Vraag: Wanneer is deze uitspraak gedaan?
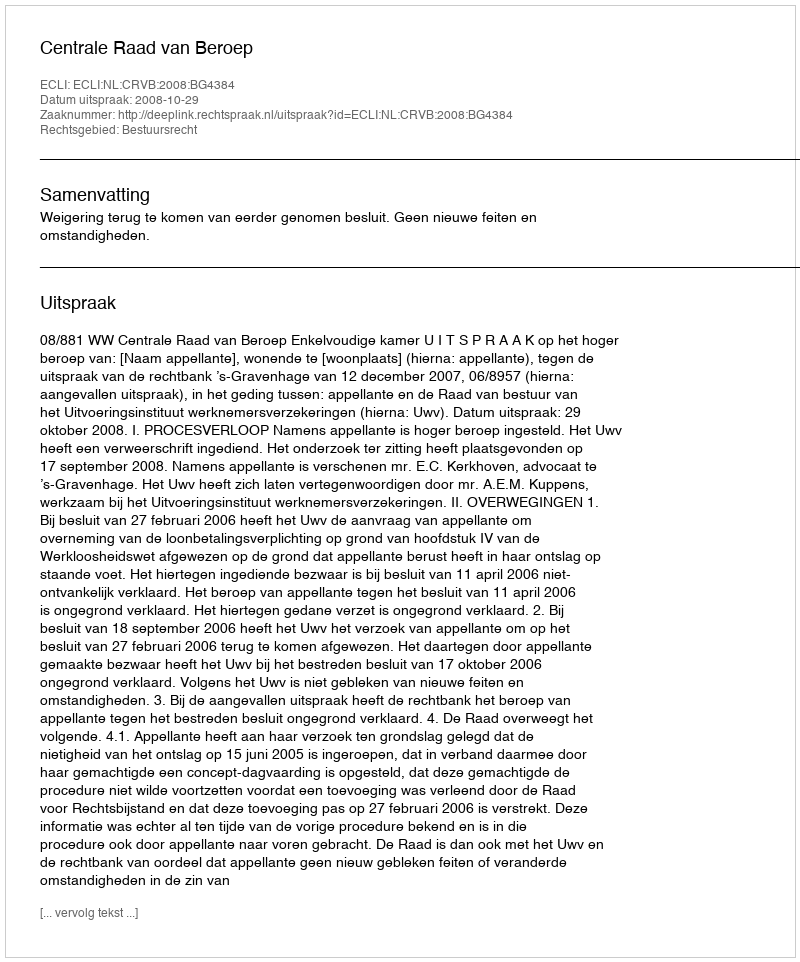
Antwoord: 2008-10-29